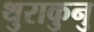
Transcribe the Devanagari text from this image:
थुराकुनु